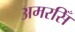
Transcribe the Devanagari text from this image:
अमरसिँ